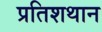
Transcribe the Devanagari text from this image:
प्रतिशथान